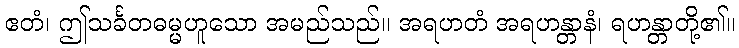
ဧတံ၊ ဤသင်္ခတဓမ္မဟူသော အမည်သည်။ အရဟတံ အရဟန္တာနံ၊ ရဟန္တာတို့၏။